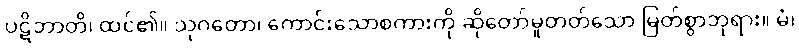
ပဋိဘာတိ၊ ထင်၏။ သုဂတော၊ ကောင်းသောစကားကို ဆိုတော်မူတတ်သော မြတ်စွာဘုရား။ မံ၊